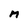
Character: M